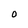
Character: O